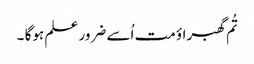
تُم گھبراؤ مت اُسے ضرور علم ہوگا ۔